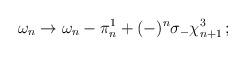
LaTeX: \begin{align*}\omega_n \to \omega_n - \pi_n^1 + (-)^n \sigma_- \chi_{n+1}^3 \, ;\end{align*}